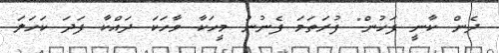
ދެން ކާނީ ފަހުން" ފުރަތަމަ ފެނުނު މީހަކާ ވާހަކަ ދައްކާ ފަދަ ކަހަލަ